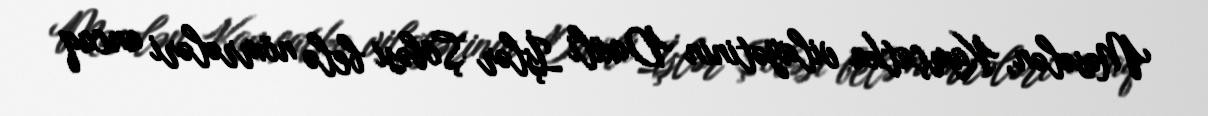
Məsələn, Kamçatka vilayətinin Daxili İşlər Şöbəsi belə nömrələri ancaq